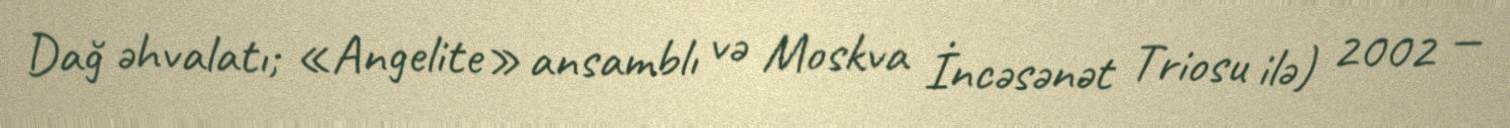
Dağ əhvalatı; «Angelite» ansamblı və Moskva İncəsənət Triosu ilə) 2002 —